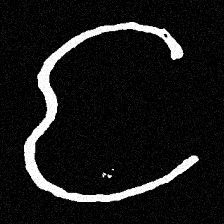
Pyu character \u2014 Myanmar letter: င (romanized: nga)